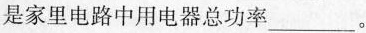
是家里电路中用电器总功率___ 。